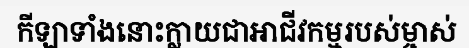
កីឡាទាំងនោះក្លាយជាអាជីវកម្មរបស់ម្ចាស់